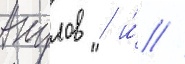
Акулов / и́ //